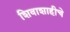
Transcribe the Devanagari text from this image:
शिवाशाहीचे